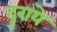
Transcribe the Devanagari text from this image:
दुराये